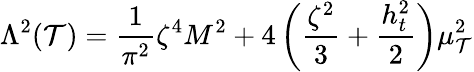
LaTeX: \Lambda^{2}(\mathcal{T})=\frac{{1}}{{\pi^{2}}}\zeta^{4}M^{2}+4\left(\frac{{\zeta^{2}}}{{3}}+\frac{{h_{t}^{2}}}{{2}}\right)\mu_{\mathcal{T}}^{2}